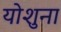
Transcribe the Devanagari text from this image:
योशुना